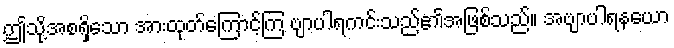
ဤသို့အစရှိသော အားထုတ်ကြောင့်ကြ ဗျာပါရကင်းသည်၏အဖြစ်သည်။ အဗျာပါရနယော